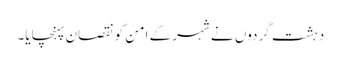
دہشت گردوں نے شہر کے امن کو نقصان پہنچایا۔